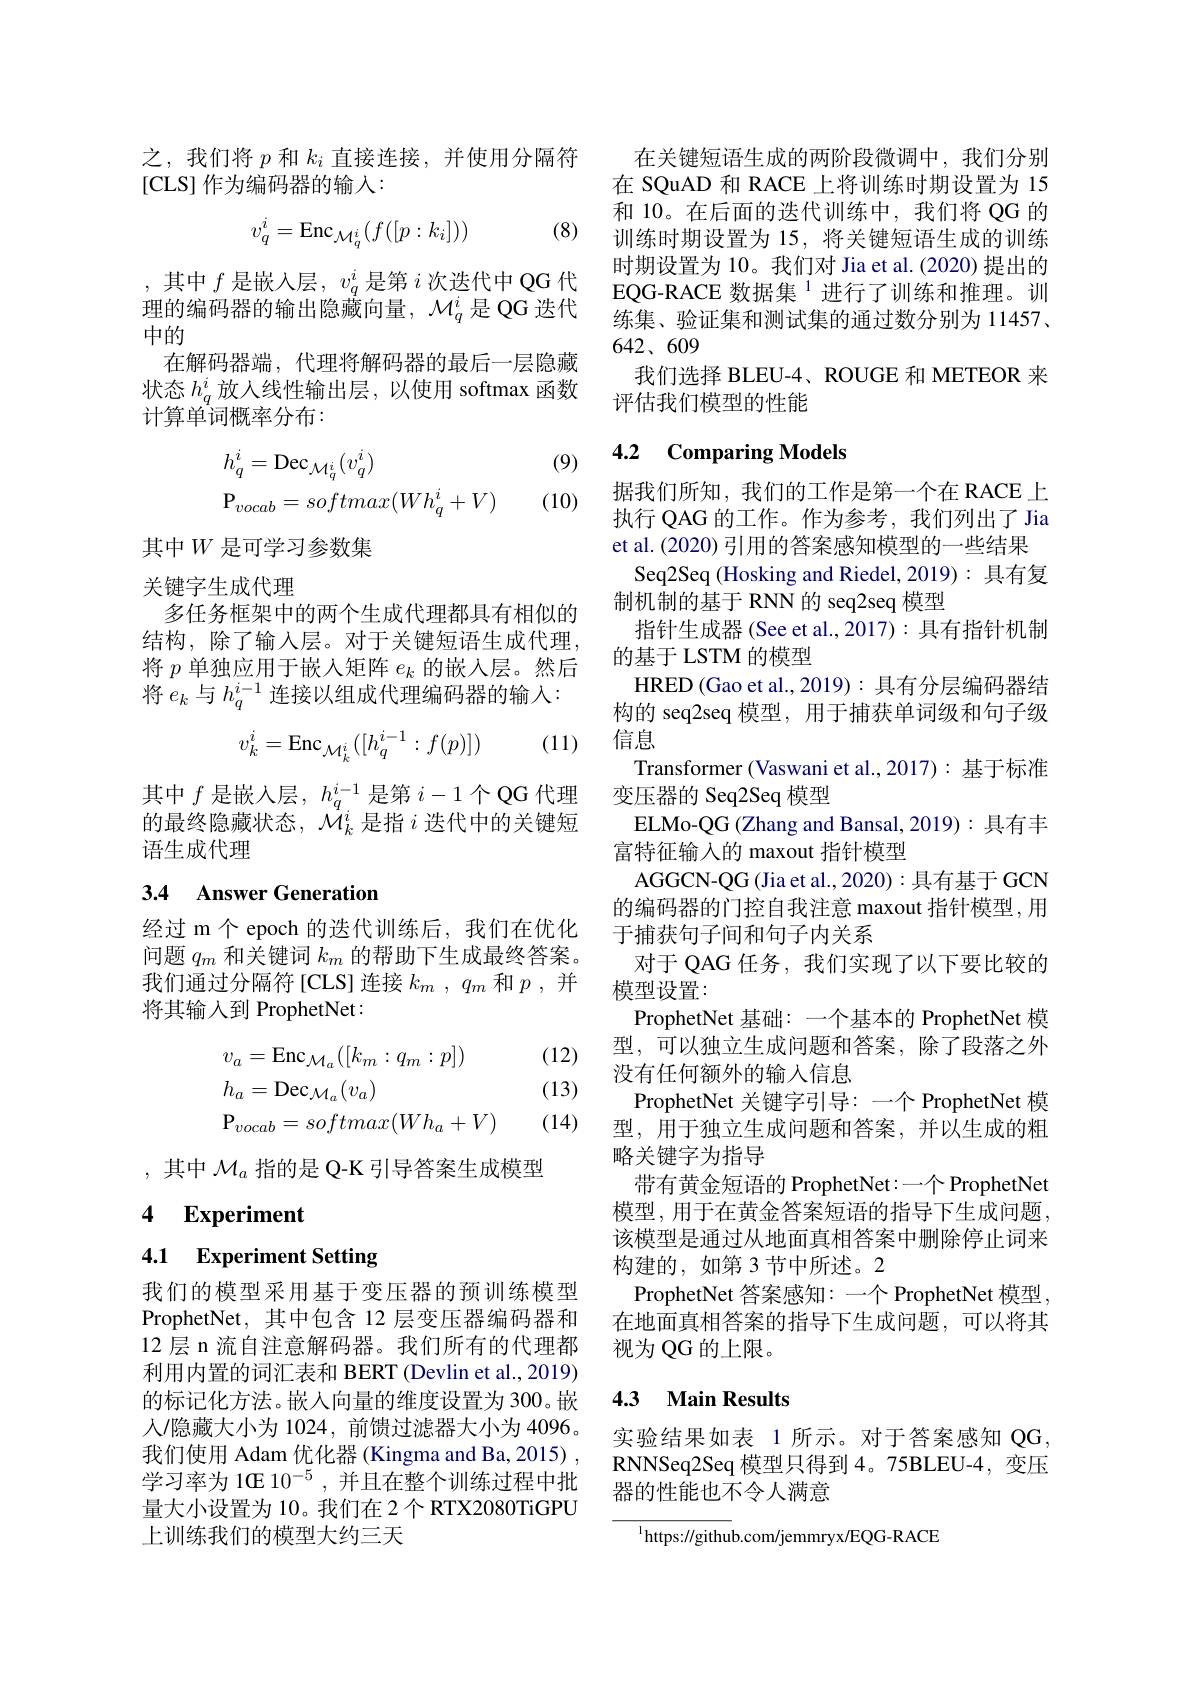
之，我们将$p$和$k_i$直接连接，并使用分隔符
[CLS] 作为编码器的输入：

(8)
$$v_q^i=\mathrm{Enc}_{\mathcal{M}_q^i}(f([p:k_i]))$$
,其中$f$是嵌入层$,v_q^i$是第$i$次迭代中 QG 代理的编码器的输出隐藏向量，$\mathcal{M}_q^i$是 QG 迭代中的
在解码器端，代理将解码器的最后一层隐藏状态$h_q^i$放入线性输出层，以使用 softmax 函数计算单词概率分布：

(9)
$$\begin{aligned}&h_{q}^{i}=\mathrm{Dec}_{\mathcal{M}_{q}^{i}}(v_{q}^{i})\\&\mathrm{P}_{vocab}=softmax(Wh_{q}^{i}+V)\end{aligned}$$
(10)

其中$W$是可学习参数集

关键字生成代理
多任务框架中的两个生成代理都具有相似的

结构，除了输入层。对于关键短语生成代理， 将$p$单独应用于嵌入矩阵$e_k$的嵌入层。然后将$e_k$与$h_q^{i-1}$连接以组成代理编码器的输入：

(11)
$$v_k^i=\mathrm{Enc}_{\mathcal{M}_k^i}([h_q^{i-1}:f(p)])$$
其中$f$ 是嵌入层$,h_q^i-1$ 是第 $i-1$ 个QG 代理的最终隐藏状态，$\mathcal{M}_k^i$是指$i$迭代中的关键短语生成代理

# 3.4 Answer Generation

经过 m个 epoch 的迭代训练后，我们在优化问题$q_m$和关键词$k_m$的帮助下生成最终答案。我们通过分隔符[CLS]连接$k_m,q_m$ 和$p$,并将其输入到 ProphetNet:

(12)

(13)
$$\begin{aligned}&v_{a}=\mathrm{Enc}_{\mathcal{M}_{a}}([k_{m}:q_{m}:p])\\&h_{a}=\mathrm{Dec}_{\mathcal{M}_{a}}(v_{a})\\&\mathrm{P}_{vocab}=softmax(Wh_{a}+V)\end{aligned}$$
(14)

,其中$\mathcal{M}_a$指的是 Q-K 引导答案生成模型

4 Experiment

# 4.1 Experiment Setting

我们的模型采用基于变压器的预训练模型ProphetNet, 其中包含 12 层变压器编码器和12 层 n 流自注意解码器。我们所有的代理都利用内置的词汇表和 BERT (Devlin et al., 2019) 的标记化方法。嵌入向量的维度设置为 300。嵌人/隐藏大小为 1024, 前馈过滤器大小为 4096。我们使用 Adam 优化器 (Kingma and Ba, 2015) , 学习率为 1G 10$^{-5}$,并且在整个训练过程中批量大小设置为 10。我们在 2个 RTX2080TiGPU 上训练我们的模型大约三天

在关键短语生成的两阶段微调中，我们分别在 SQuAD 和 RACE 上将训练时期设置为 15和 10。在后面的迭代训练中，我们将 QG 的训练时期设置为 15, 将关键短语生成的训练时期设置为 10。我们对 Jia et al. (2020) 提出的EQG- RACE $\text{数 据 集 }^{1}$进行了训练和推理。训练集、验证集和测试集的通过数分别为 11457、 $642、609$
我们选择 BLEU-4、ROUGE 和 METEOR 来
评估我们模型的性能

## 4.2 Comparing Models

据我们所知，我们的工作是第一个在 RACE 上执行 QAG 的工作。作为参考，我们列出了 Jia et al. (2020) 引用的答案感知模型的一些结果
Seq2Seq (Hosking and Riedel,2019):具有复
制机制的基于 RNN 的 seq2seq 模型
指针生成器 (See et al.,2017): 具有指针机制
的基于 LSTM 的模型
HRED (Gao et al.,2019): 具有分层编码器结构的 seq2seq 模型，用于捕获单词级和句子级信息
Transformer (Vaswani et al.,2017): 基于标准
变压器的 Seq2Seq 模型
ELMo-QG (Zhang and Bansal, 2019): 具有丰
富特征输入的 maxout 指针模型
AGGCN-QG(Jia et al., 2020): 具有基于 GCN 的编码器的门控自我注意 maxout 指针模型，用于捕获句子间和句子内关系
对于 QAG 任务，我们实现了以下要比较的
模型设置：
ProphetNet 基础：一个基本的 ProphetNet 模型，可以独立生成问题和答案，除了段落之外没有任何额外的输入信息
ProphetNet 关键字引导：一个 ProphetNet 模型，用于独立生成问题和答案，并以生成的粗略关键字为指导
带有黄金短语的 ProphetNet:一个 ProphetNet 模型，用于在黄金答案短语的指导下生成问题， 该模型是通过从地面真相答案中删除停止词来构建的，如第 3 节中所述。2
ProphetNet 答案感知：一个 ProphetNet 模型， 在地面真相答案的指导下生成问题，可以将其视为 QG 的上限。

## 4.3 Main Results

实验结果如表 1 所示。对于答案感知 QG RNNSeq2Seq 模型只得到 4。75BLEU-4,变压器的性能也不令人满意

$^{1}$https://github.com/jemmryx/EQG-RACE